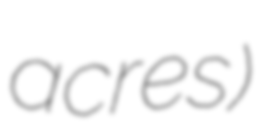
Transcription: acres)